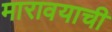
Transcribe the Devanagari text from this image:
मारावयाची